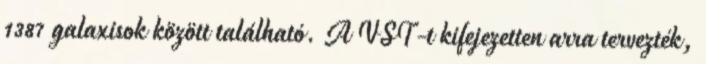
1387 galaxisok között található. A VST-t kifejezetten arra tervezték,